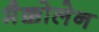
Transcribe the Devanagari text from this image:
मैक्कोलेन